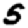
Digit: 5